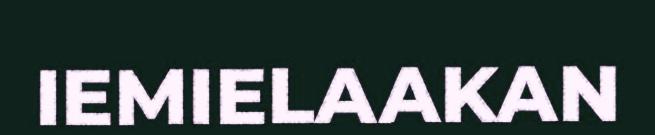
IEMIELAAKAN